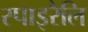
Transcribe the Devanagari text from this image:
स्पाइरैलि